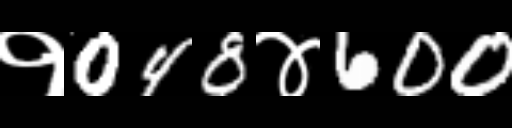
Text: १048४600